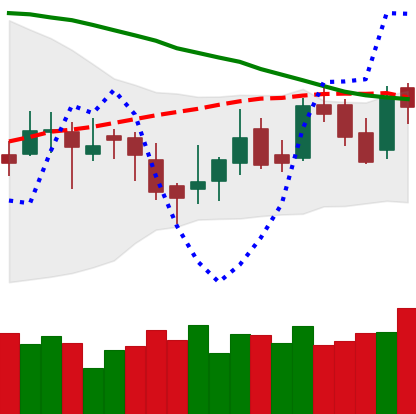
Ticker: LTC-USD
Chart end date: 2016-04-20
Forward return: 16.268%
Label: up_7plus